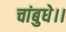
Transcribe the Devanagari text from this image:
चांबुधे।।